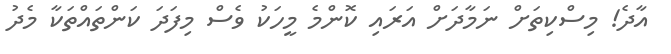
އާދެ! މިސްކިތަށް ނަމާދަށް އަރައި ކޮންމެ މީހަކު ވެސް މިފަދަ ކަންތައްތަކާ މެދު